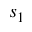
s _ { 1 }